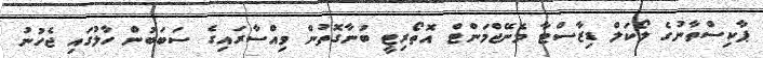
ޕާކިސްތާނުގެ ލޯކަލް ޑިޒާސްޓާ މެނޭޖްމަންޓް އޮތޯރިޓީ ބުނާގޮތުން ވިއްސާރައިގެ ސަބަބުން ހާލުގައި ޖެހުނު